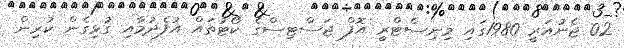
02 ޖެނުއަރީ 1980ގައި މިނިސްޓްރީ އޮފް ޖަސްޓިސްގެ ކޯޓުތައް އުފެދުމާއި ގުޅިގެން ކުރިން